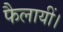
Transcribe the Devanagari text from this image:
फैलायीं।